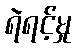
ရဲရင့်မှု